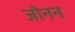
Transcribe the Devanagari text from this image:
जोनन